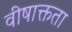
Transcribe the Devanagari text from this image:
वीषाक्तता